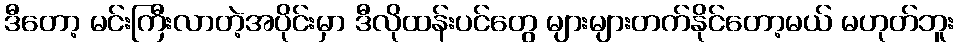
ဒီတော့ မင်းကြီးလာတဲ့အပိုင်းမှာ ဒီလိုထန်းပင်တွေ များများတက်နိုင်တော့မယ် မဟုတ်ဘူး